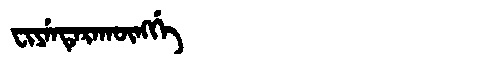
Manchu: ᠸᡳᠶᡝᠨᡨᡝᡵᠠᡴᡡᠩᡤᡝ
Romanization: FIYENTERAKŪNGGE